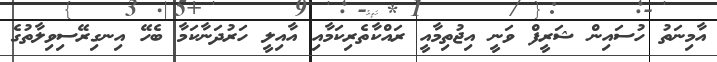
އާމިނަތު ހުސައިން ޝަރީފް ވަނީ އިޖުތިމާއީ ރައްކާތެރިކަމާއި އާއިލީ ހަރުދަނާކަމާ ބެހޭ އިނގިރޭސިވިލާތުގެ